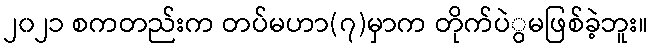
၂၀၂၁ စကတည်းက တပ်မဟာ(၇)မှာက တိုက်ပဲွမဖြစ်ခဲ့ဘူး။